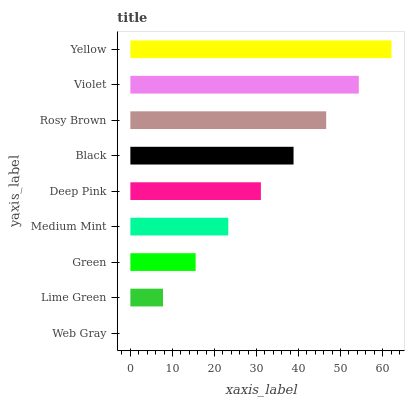
| yaxis_label | bars |
 | --- | --- |
 | Web Gray | 0 |
 | Lime Green | 7.76 |
 | Green | 15.5 |
 | Medium Mint | 23.3 |
 | Deep Pink | 31.1 |
 | Black | 38.8 |
 | Rosy Brown | 46.6 |
 | Violet | 54.3 |
 | Yellow | 62.1 |